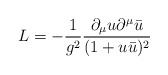
\begin{align*}L=-{1\over g^2}{\partial_\mu u\partial^\mu\bar u\over (1+u\bar u)^2}\end{align*}